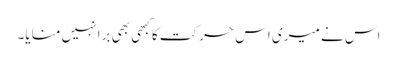
اس نے میری اس حرکت کا کبھی بھی برا نہیں منایا۔